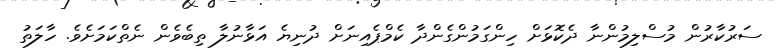
ސަރުކާރުން މުސްލިމުންނާ ދެކޮޅަށް ހިންގަމުންގެންދާ ކެމްޕެއިނަށް ދުނިޔެ އަޅާނުލާ ތިބެވެން ނެތްކަމަށެވެ. ހާލަތު